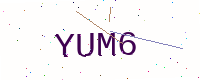
Text: YUM6